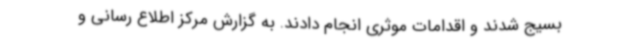
بسیج شدند و اقدامات موثری انجام دادند. به گزارش مرکز اطلاع رسانی و